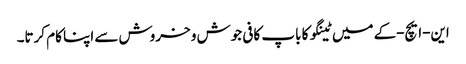
این-ایچ-کے میں ٹینگو کا باپ کافی جوش و خروش سے اپنا کام کرتا۔